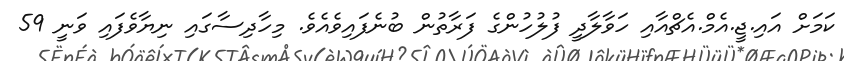
ކަމަށް އައި.ޖީ.އެމް.އެޗްއާއި ހަވާލާދީ ފުލުހުންގެ ފަރާތުން ބުނެފައިވެއެވެ. މިހާދިސާގައި ނިޔާވެފައި ވަނީ 59